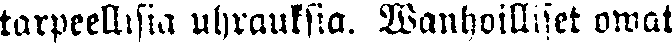
tarpeellisia uhrauksia. Wanhoilliset owat